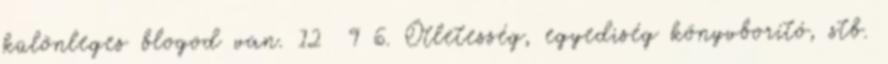
különleges blogod van. 12 9 6. Ötletesség, egyediség könyvborító, stb.